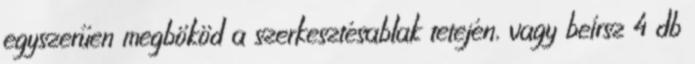
egyszerűen megbököd a szerkesztésablak tetején, vagy beírsz 4 db